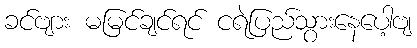
ခင်ဗျား မမြင်ချင်ရင် ငရဲပြည်သွားနေပေါ့ဗျ